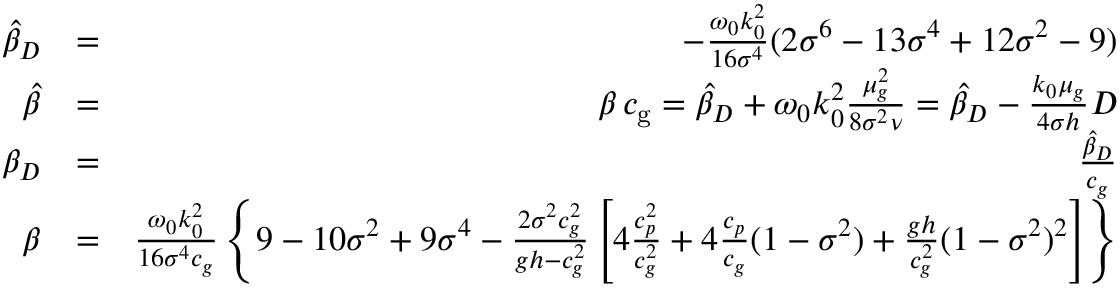
\begin{array} { r l r } { \hat { \beta } _ { D } } & { = } & { - \frac { \omega _ { 0 } k _ { 0 } ^ { 2 } } { 1 6 \sigma ^ { 4 } } ( 2 \sigma ^ { 6 } - 1 3 \sigma ^ { 4 } + 1 2 \sigma ^ { 2 } - 9 ) } \\ { \hat { \beta } } & { = } & { \beta \, { c _ { \mathrm { g } } } = \hat { \beta } _ { D } + \omega _ { 0 } k _ { 0 } ^ { 2 } \frac { \mu _ { g } ^ { 2 } } { 8 \sigma ^ { 2 } \nu } = \hat { \beta } _ { D } - \frac { k _ { 0 } \mu _ { g } } { 4 \sigma h } D } \\ { \beta _ { D } } & { = } & { \frac { \hat { \beta } _ { D } } { c _ { g } } } \\ { \beta } & { = } & { \frac { \omega _ { 0 } k _ { 0 } ^ { 2 } } { 1 6 \sigma ^ { 4 } c _ { g } } \left\{ 9 - 1 0 \sigma ^ { 2 } + 9 \sigma ^ { 4 } - \frac { 2 \sigma ^ { 2 } c _ { g } ^ { 2 } } { g h - c _ { g } ^ { 2 } } \left[ 4 \frac { c _ { p } ^ { 2 } } { c _ { g } ^ { 2 } } + 4 \frac { c _ { p } } { c _ { g } } ( 1 - \sigma ^ { 2 } ) + \frac { g h } { c _ { g } ^ { 2 } } ( 1 - \sigma ^ { 2 } ) ^ { 2 } \right] \right\} } \end{array}